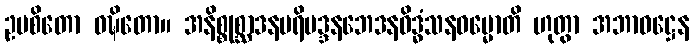
ဥပစိတော ဝဍ္ဎိတော။ အနိစ္စုစ္ဆာဒနပရိမဒ္ဒနဘေဒနဝိဒ္ဓံသနဓမ္မောတိ ဟုတွာ အဘာဝဋ္ဌေန